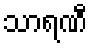
သာရဏီ